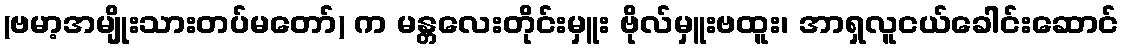
(ဗမာ့အမျိုးသားတပ်မတော်) က မန္တလေးတိုင်းမှူး ဗိုလ်မှူးဗထူး၊ အာရှလူငယ်ခေါင်းဆောင်